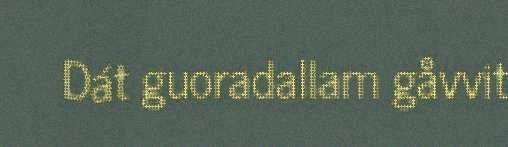
Dát guoradallam gåvvit